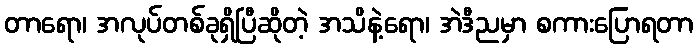
တာရော၊ အလုပ်တစ်ခုရှိပြီဆိုတဲ့ အသိနဲ့ရော၊ အဲဒီညမှာ စကားပြောရတာ